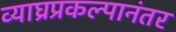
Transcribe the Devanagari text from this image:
व्याघ्रप्रकल्पानंतर